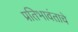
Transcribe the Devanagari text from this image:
प्रतिभावंताचे